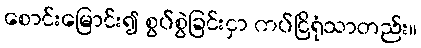
စောင်းမြောင်း၍ စွပ်စွဲခြင်းငှာ ကပ်ငြိရုံသာတည်း။